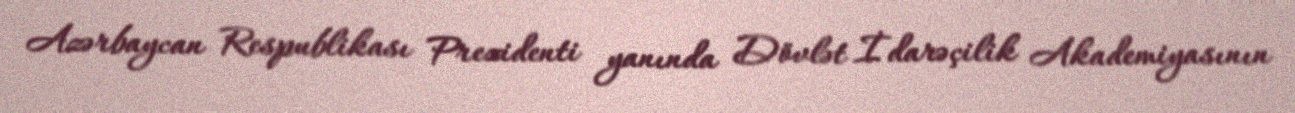
Azərbaycan Respublikası Prezidenti yanında Dövlət İdarəçilik Akademiyasının